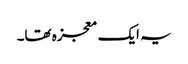
یہ ایک معجزہ تھا۔